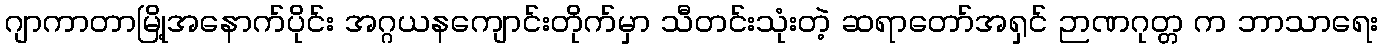
ဂျာကာတာမြို့အနောက်ပိုင်း အဂ္ဂယနကျောင်းတိုက်မှာ သီတင်းသုံးတဲ့ ဆရာတော်အရှင် ဉာဏဂုတ္တ က ဘာသာရေး